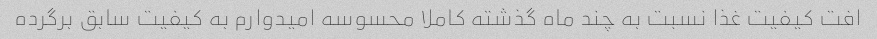
افت کیفیت غذا نسبت به چند ماه گذشته کاملا محسوسه امیدوارم به کیفیت سابق برگرده